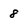
Character: 8